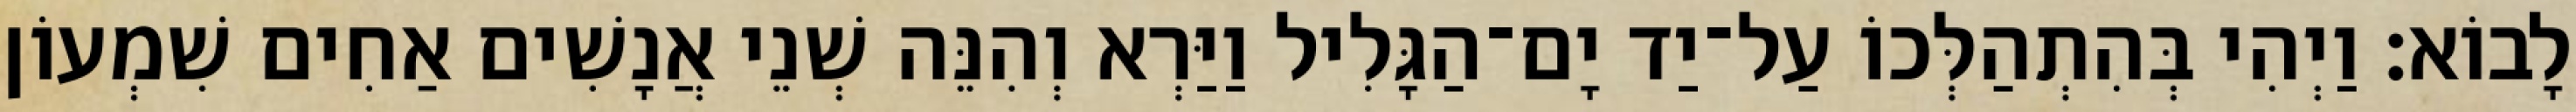
לָבוֹא׃ וַיְהִי בְּהִתְהַלְּכוֹ עַל־יַד יָם־הַגָּלִיל וַיַּרְא וְהִנֵּה שְׁנֵי אֲנָשִׁים אַחִים שִׁמְעוֹן